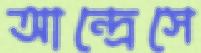
আন্দ্রেসে